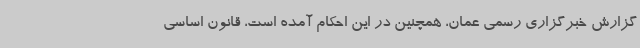
گزارش خبرگزاری رسمی عمان، همچنین در این احکام آمده است، قانون اساسی